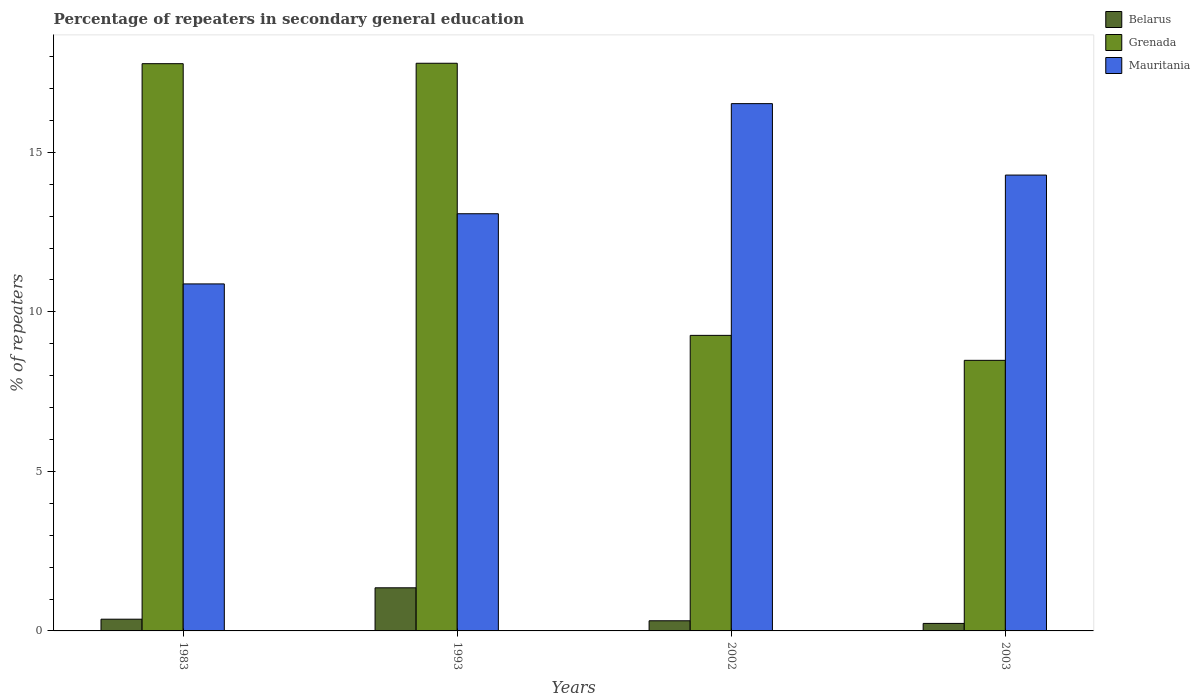
| Years | Belarus | Grenada | Mauritania |
 | --- | --- | --- | --- |
 | 1983 | 0.367 | 17.8 | 10.9 |
 | 1993 | 1.35 | 17.8 | 13.1 |
 | 2002 | 0.318 | 9.26 | 16.5 |
 | 2003 | 0.235 | 8.48 | 14.3 |